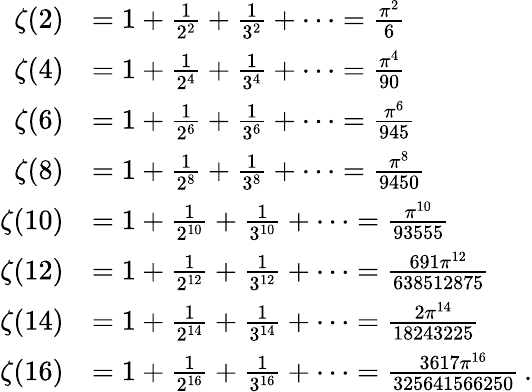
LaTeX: {\begin{array}{rl}{\zeta(2)}&{=1+{\frac{1}{2^{2}}}+{\frac{1}{3^{2}}}+\cdots={\frac{\pi^{2}}{6}}}\\ {\zeta(4)}&{=1+{\frac{1}{2^{4}}}+{\frac{1}{3^{4}}}+\cdots={\frac{\pi^{4}}{90}}}\\ {\zeta(6)}&{=1+{\frac{1}{2^{6}}}+{\frac{1}{3^{6}}}+\cdots={\frac{\pi^{6}}{945}}}\\ {\zeta(8)}&{=1+{\frac{1}{2^{8}}}+{\frac{1}{3^{8}}}+\cdots={\frac{\pi^{8}}{9450}}}\\ {\zeta(10)}&{=1+{\frac{1}{2^{10}}}+{\frac{1}{3^{10}}}+\cdots={\frac{\pi^{10}}{93555}}}\\ {\zeta(12)}&{=1+{\frac{1}{2^{12}}}+{\frac{1}{3^{12}}}+\cdots={\frac{691\pi^{12}}{638512875}}}\\ {\zeta(14)}&{=1+{\frac{1}{2^{14}}}+{\frac{1}{3^{14}}}+\cdots={\frac{2\pi^{14}}{18243225}}}\\ {\zeta(16)}&{=1+{\frac{1}{2^{16}}}+{\frac{1}{3^{16}}}+\cdots={\frac{3617\pi^{16}}{325641566250}}\, .}\end{array}}